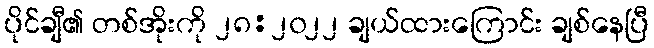
ပိုင်ချီ၏ တစ်အိုးကို ၂၈:၂၀၂၂ ချယ်ထားကြောင်း ချစ်နေပြီ